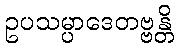
ဥပသမ္ပာဒေတဗ္ဗန္တိ